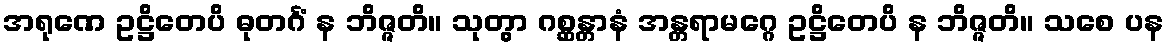
အရုဏေ ဥဋ္ဌိတေပိ ဓုတင်္ဂံ န ဘိဇ္ဇတိ။ သုတွာ ဂစ္ဆန္တာနံ အန္တရာမဂ္ဂေ ဥဋ္ဌိတေပိ န ဘိဇ္ဇတိ။ သစေ ပန